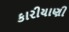
કારીયાણી